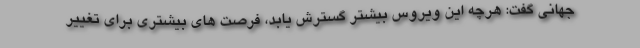
جهانی گفت: هرچه این ویروس بیشتر گسترش یابد، فرصت های بیشتری برای تغییر